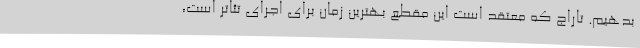
بدهیم. تاراج که معتقد است این مقطع بهترین زمان برای اجرای تئاتر است،